DOW-UAP-D49, Launch Summary, Vandenberg AFB, 2000
Agency: Department of War
Incident date: 2/3/00
Page 62
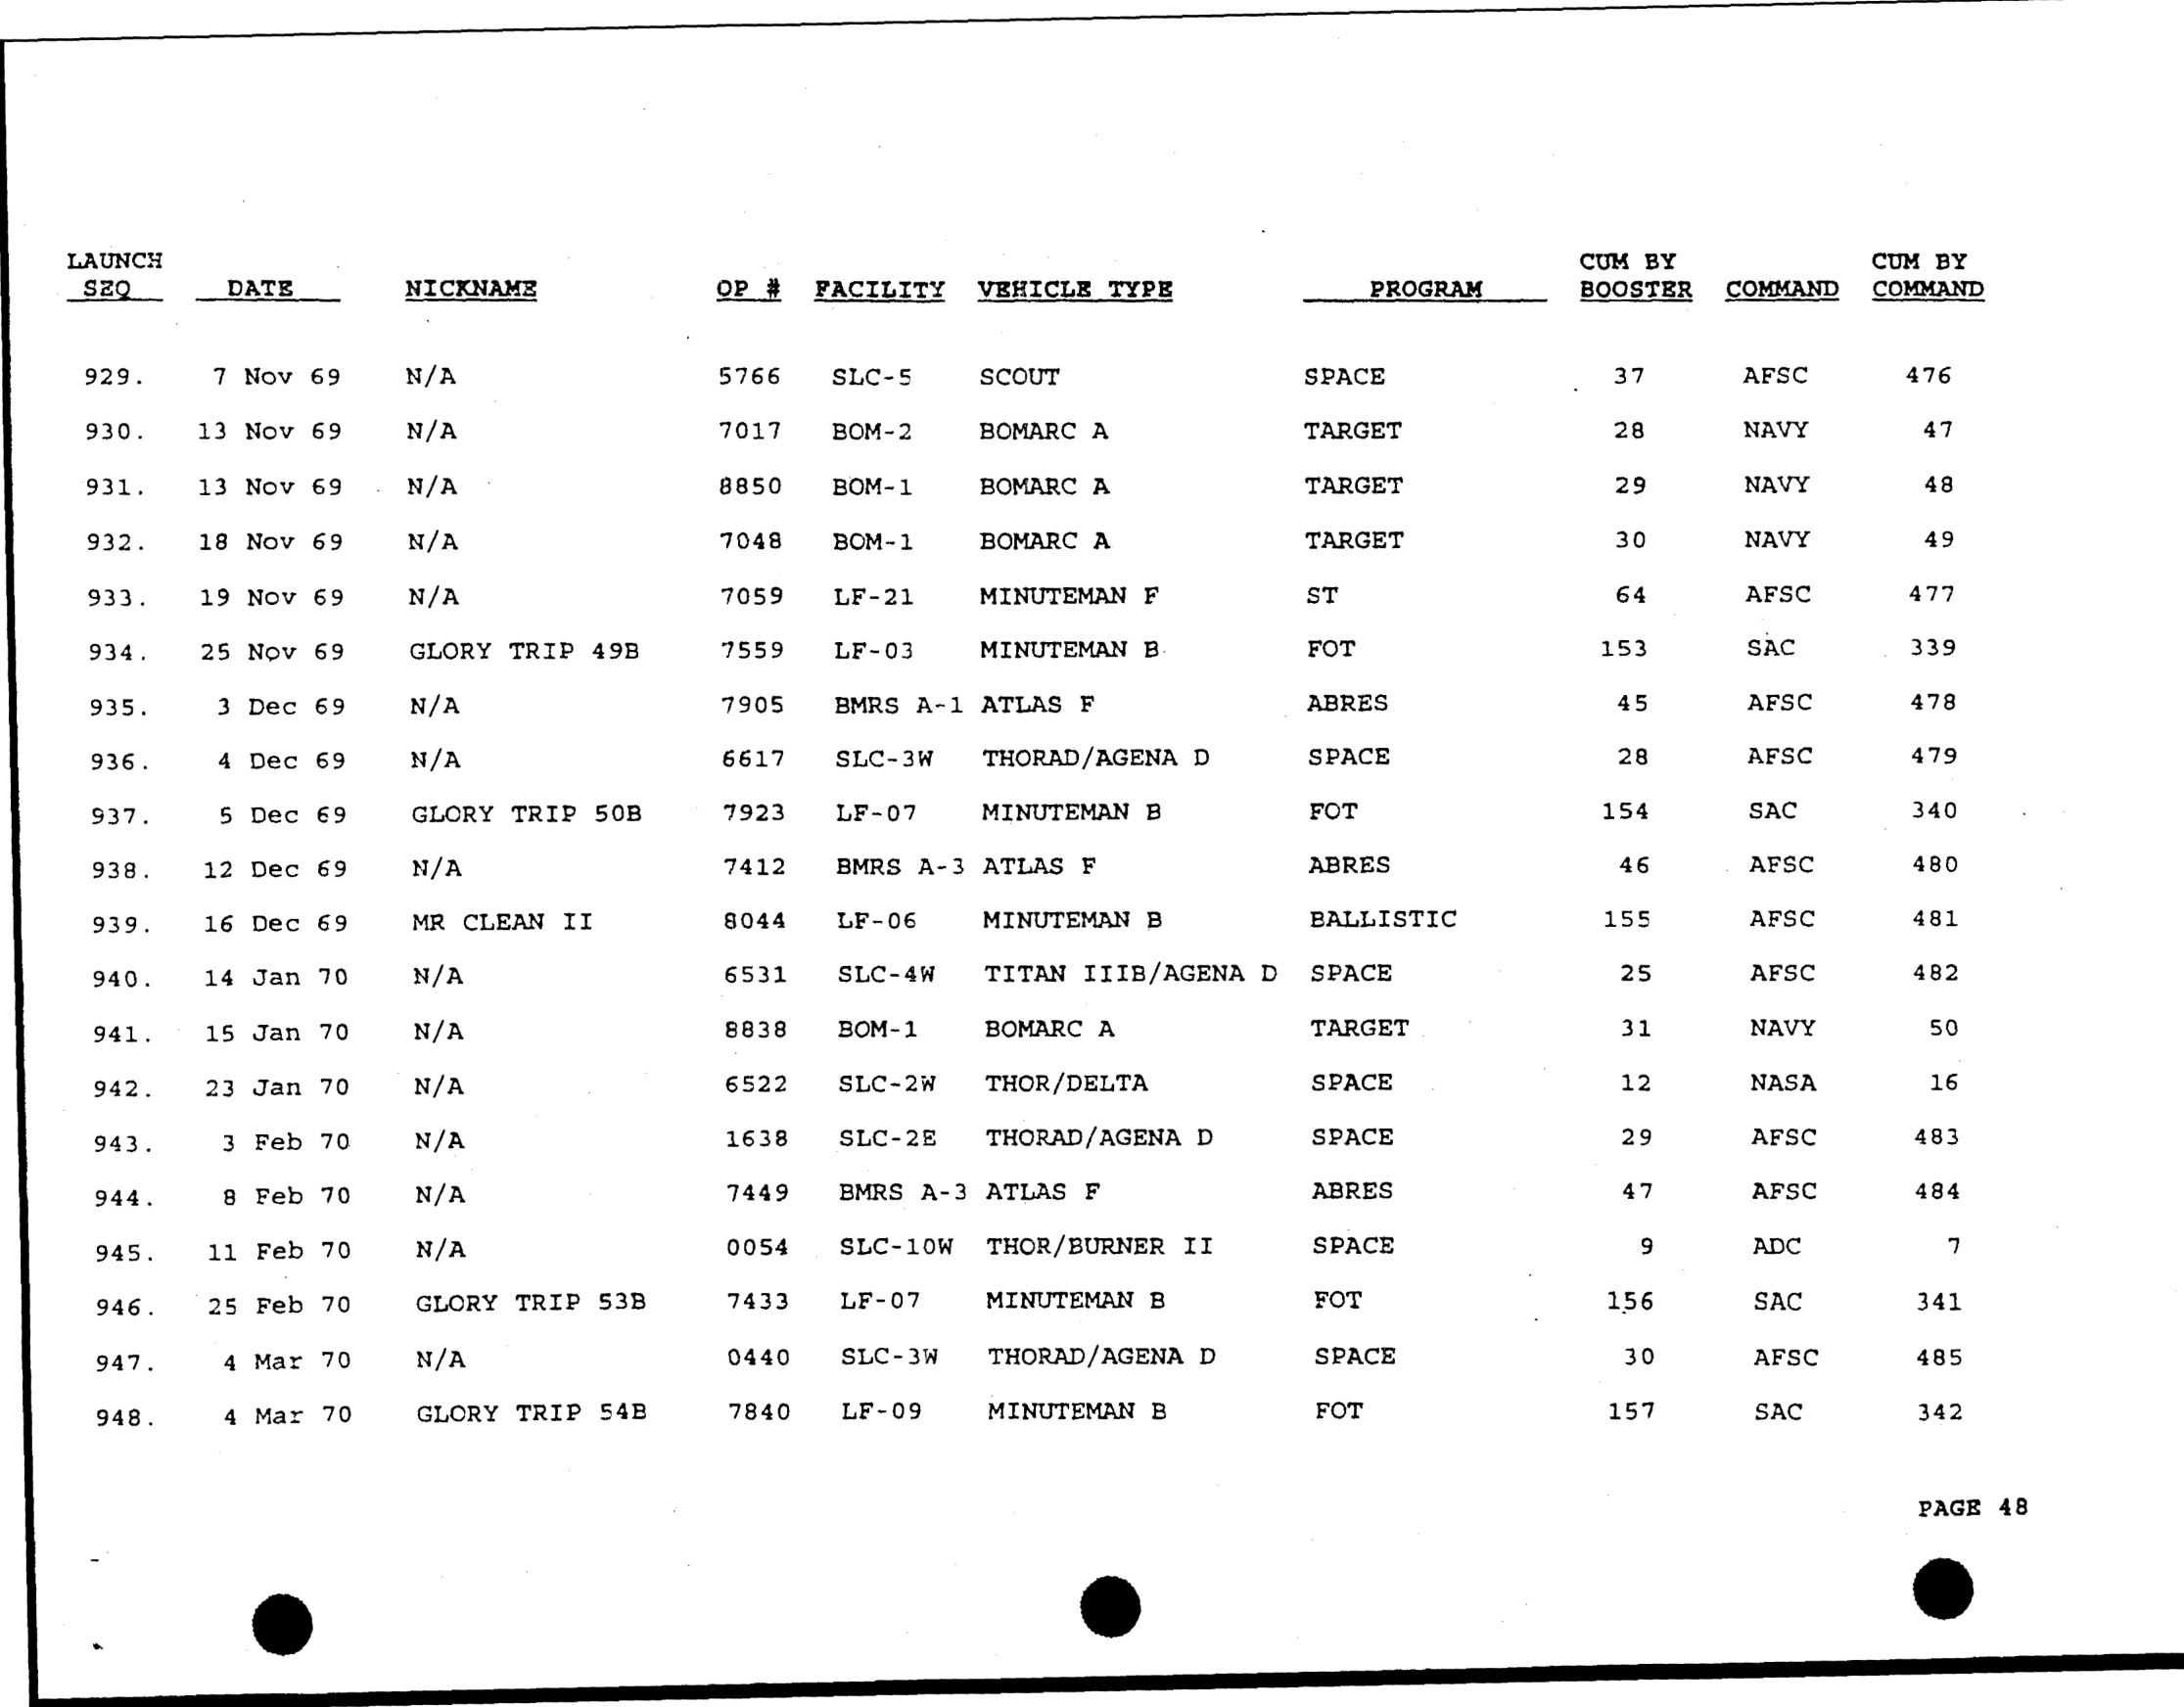